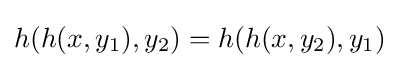
h(h(x,y_{1}),y_{2})=h(h(x,y_{2}),y_{1})